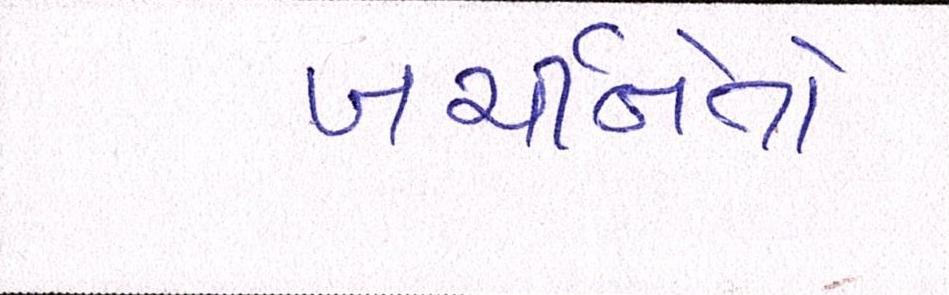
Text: ખર્ચીનેતો